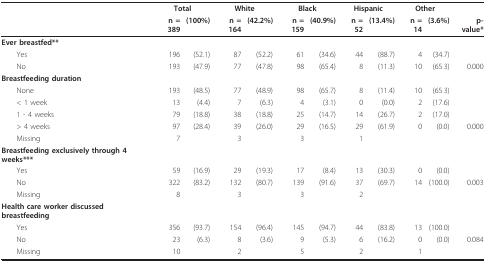
<table><thead><tr><td></td><td colspan="2"><b>Total</b></td><td colspan="2"><b>White</b></td><td colspan="2"><b>Black</b></td><td colspan="2"><b>Hispanic</b></td><td colspan="2"><b>Other</b></td><td></td></tr><tr><td></td><td><b>n = 389</b></td><td><b>(100%)</b></td><td><b>n = 164</b></td><td><b>(42.2%)</b></td><td><b>n = 159</b></td><td><b>(40.9%)</b></td><td><b>n = 52</b></td><td><b>(13.4%)</b></td><td><b>n = 14</b></td><td><b>(3.6%)</b></td><td><b>p-value*</b></td></tr></thead><tbody><tr><td><b>Ever breastfed**</b></td><td></td><td></td><td></td><td></td><td></td><td></td><td></td><td></td><td></td><td></td><td></td></tr><tr><td> Yes</td><td>196</td><td>(52.1)</td><td>87</td><td>(52.2)</td><td>61</td><td>(34.6)</td><td>44</td><td>(88.7)</td><td>4</td><td>(34.7)</td><td></td></tr><tr><td> No</td><td>193</td><td>(47.9)</td><td>77</td><td>(47.8)</td><td>98</td><td>(65.4)</td><td>8</td><td>(11.3)</td><td>10</td><td>(65.3)</td><td>0.000</td></tr><tr><td><b>Breastfeeding duration</b></td><td></td><td></td><td></td><td></td><td></td><td></td><td></td><td></td><td></td><td></td><td></td></tr><tr><td> None</td><td>193</td><td>(48.5)</td><td>77</td><td>(48.9)</td><td>98</td><td>(65.7)</td><td>8</td><td>(11.4)</td><td>10</td><td>(65.3)</td><td></td></tr><tr><td> &lt; 1 week</td><td>13</td><td>(4.4)</td><td>7</td><td>(6.3)</td><td>4</td><td>(3.1)</td><td>0</td><td>(0.0)</td><td>2</td><td>(17.6)</td><td></td></tr><tr><td> 1 - 4 weeks</td><td>79</td><td>(18.8)</td><td>38</td><td>(18.8)</td><td>25</td><td>(14.7)</td><td>14</td><td>(26.7)</td><td>2</td><td>(17.0)</td><td></td></tr><tr><td> &gt; 4 weeks</td><td>97</td><td>(28.4)</td><td>39</td><td>(26.0)</td><td>29</td><td>(16.5)</td><td>29</td><td>(61.9)</td><td>0</td><td>(0.0)</td><td>0.000</td></tr><tr><td> Missing</td><td>7</td><td></td><td>3</td><td></td><td>3</td><td></td><td>1</td><td></td><td></td><td></td><td></td></tr><tr><td><b>Breastfeeding exclusively through 4 weeks***</b></td><td></td><td></td><td></td><td></td><td></td><td></td><td></td><td></td><td></td><td></td><td></td></tr><tr><td> Yes</td><td>59</td><td>(16.9)</td><td>29</td><td>(19.3)</td><td>17</td><td>(8.4)</td><td>13</td><td>(30.3)</td><td>0</td><td>(0.0)</td><td></td></tr><tr><td> No</td><td>322</td><td>(83.2)</td><td>132</td><td>(80.7)</td><td>139</td><td>(91.6)</td><td>37</td><td>(69.7)</td><td>14</td><td>(100.0)</td><td>0.003</td></tr><tr><td> Missing</td><td>8</td><td></td><td>3</td><td></td><td>3</td><td></td><td>2</td><td></td><td></td><td></td><td></td></tr><tr><td><b>Health care worker discussed breastfeeding</b></td><td></td><td></td><td></td><td></td><td></td><td></td><td></td><td></td><td></td><td></td><td></td></tr><tr><td> Yes</td><td>356</td><td>(93.7)</td><td>154</td><td>(96.4)</td><td>145</td><td>(94.7)</td><td>44</td><td>(83.8)</td><td>13</td><td>(100.0)</td><td></td></tr><tr><td> No</td><td>23</td><td>(6.3)</td><td>8</td><td>(3.6)</td><td>9</td><td>(5.3)</td><td>6</td><td>(16.2)</td><td>0</td><td>(0.0)</td><td>0.084</td></tr><tr><td> Missing</td><td>10</td><td></td><td>2</td><td></td><td>5</td><td></td><td>2</td><td></td><td>1</td><td></td><td></td></tr></tbody></table>